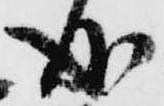
成